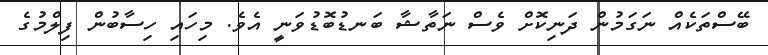
ބޭސްތަކެއް ނަގަމުން ދަނިކޮށް ވެސް ނަތާޝާ ބަނޑުބޮޑުވަނީ އެވެ. މިހައި ހިސާބުން ފިލްމުގެ